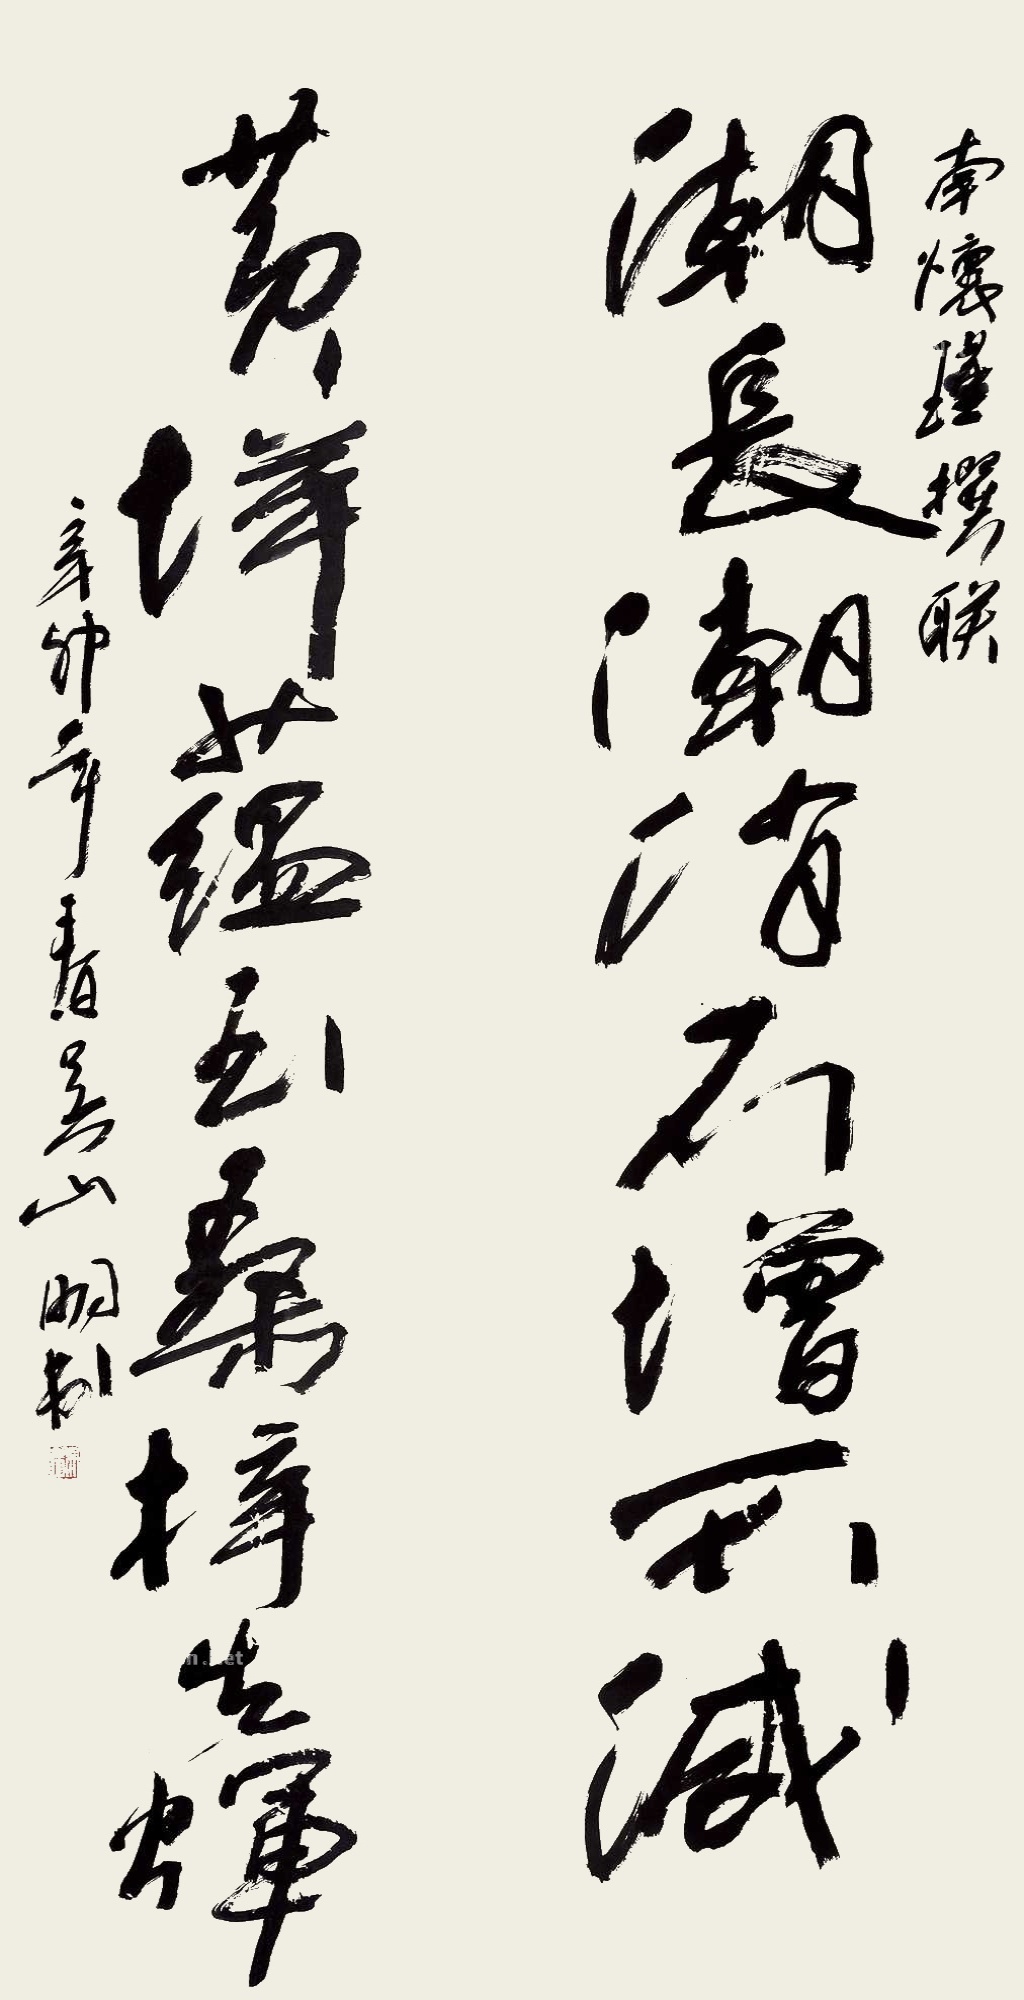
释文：潮长潮消不增不减，黄垟蕴玉桑梓生辉。南怀瑾撰联。辛卯年春，吴山明书。